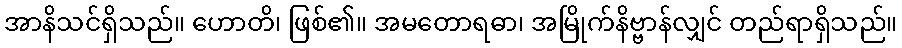
အာနိသင်ရှိသည်။ ဟောတိ၊ ဖြစ်၏။ အမတောရဓာ၊ အမြိုက်နိဗ္ဗာန်လျှင် တည်ရာရှိသည်။